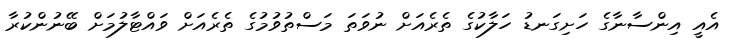
އެއީ އިންސާނާގެ ހަށިގަނޑު ހަލާކުގެ ތެރެއަށް ނުވަތަ މަސްތުވުމުގެ ތެރެއަށް ވައްޓާލުމަށް ބޭނުންކުރާ